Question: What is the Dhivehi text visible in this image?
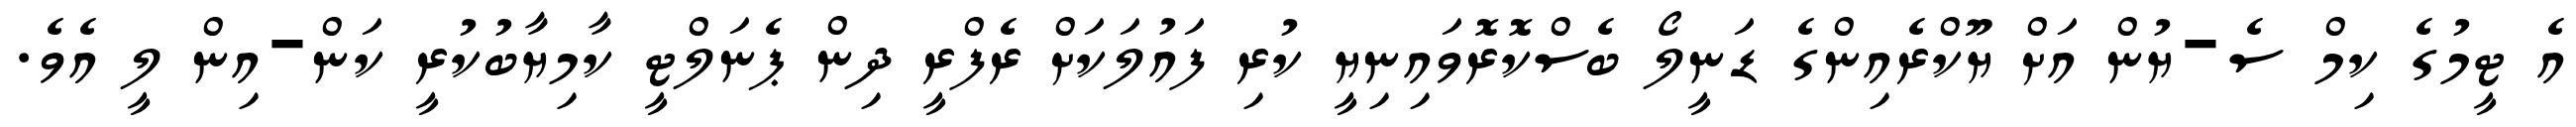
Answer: އެ ޓީމުގެ ކިމް ސެ-ޔުން އަށް ޔޫކްރެއިންގެ ޑަނީލޯ ބެސްކޮރޮވައިނިޔީ ކުރި ފައުލަކަށް ރެފްރީ ދިން ޕެނަލްޓީ ކާމިޔާބުކުރީ ކަން-އިން ލީ އެވެ.